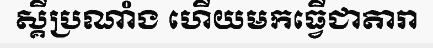
ស្គីប្រណាំង ហើយមកធ្វើជាតារា